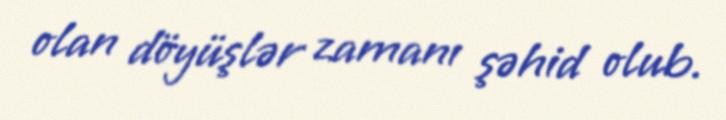
olan döyüşlər zamanı şəhid olub.